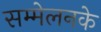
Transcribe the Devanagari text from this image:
सम्मेलनके